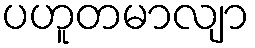
ပဟူတမာလျာ